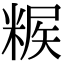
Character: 𥺶